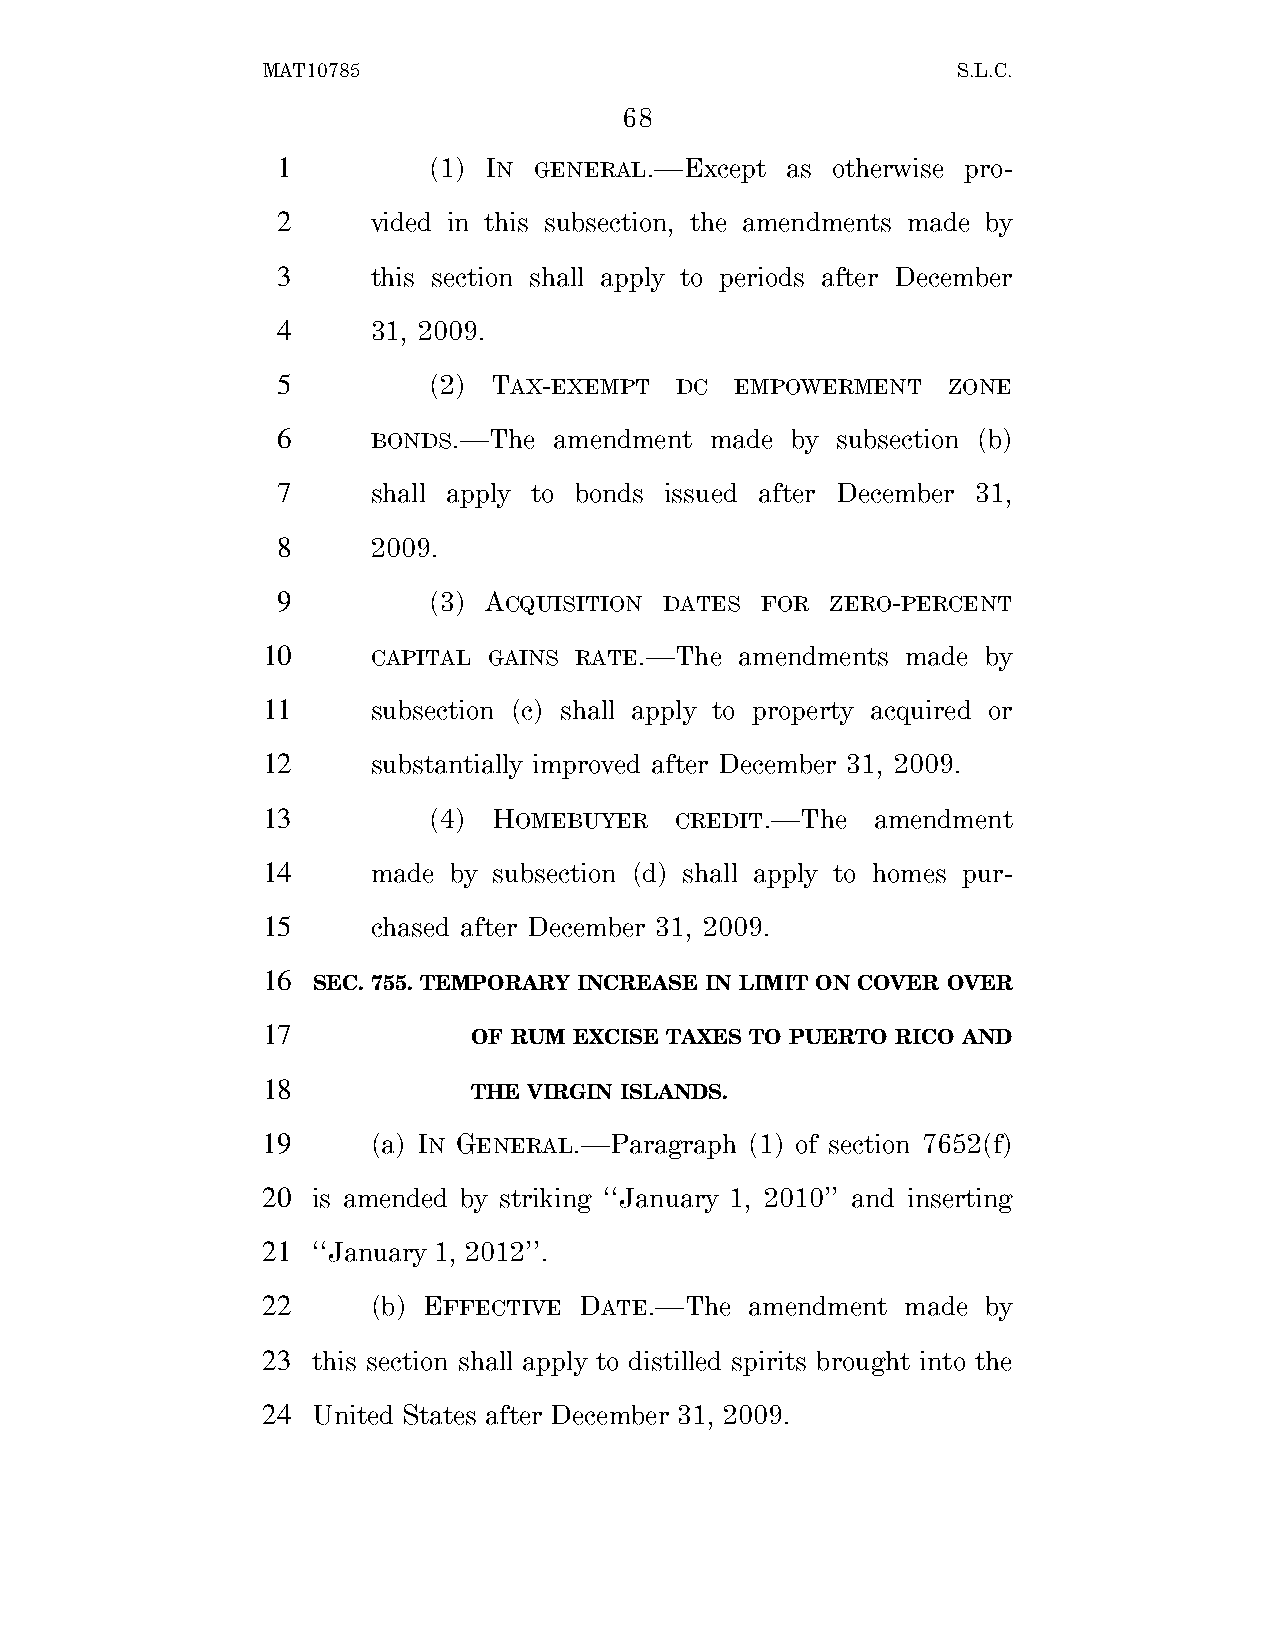
MAT10785                                      S.L.C.
 68
 1         (1) IN GENERAL.—Except  as otherwise pro-
 2      vided in this subsection, the amendments made by
 3      this section shall apply to periods after December
 4      31, 2009.
 5         (2)  TAX-EXEMPT  DC  EMPOWERMENT   ZONE
 6      BONDS.—The  amendment made by subsection (b)
 7      shall apply to bonds issued after December 31,
 8      2009.
 9         (3) ACQUISITION DATES FOR  ZERO-PERCENT
 10      CAPITAL GAINS RATE.—The amendments made by
 11      subsection (c) shall apply to property acquired or
 12      substantially improved after December 31, 2009.
 13         (4)  HOMEBUYER   CREDIT.—The  amendment
 14      made by subsection (d) shall apply to homes pur-
 15      chased after December 31, 2009.
 16
 SEC. 755. TEMPORARY INCREASE IN LIMIT ON COVER OVER
 17
 OF RUM EXCISE TAXES TO PUERTO RICO AND
 18
 THE VIRGIN ISLANDS.
 19      (a) IN GENERAL.—Paragraph (1) of section 7652(f)
 20  is amended by striking ‘‘January 1, 2010’’ and inserting
 21  ‘‘January 1, 2012’’.
 22      (b) EFFECTIVE DATE.—The  amendment made by
 23  this section shall apply to distilled spirits brought into the
 24  United States after December 31, 2009.